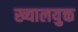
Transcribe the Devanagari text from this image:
ख्यालयुक्त